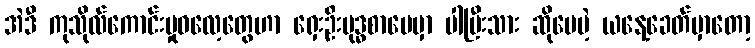
အဲဒီ ကုသိုလ်ကောင်းမှုဓလေ့တွေဟာ ရှေးဦးဗုဒ္ဓစာပေမှာ ပါပြီးသား ဆိုပေမဲ့ ယနေ့ခေတ်မှာတော့